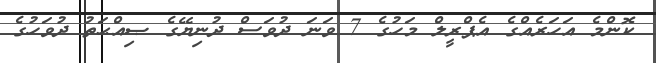
ކޮންމެ އަހަރެއްގެ އެޕްރީލް މަހުގެ 7 ވަނަ ދުވަސް ދުނިޔޭގެ ޞިއްޙަތު ދުވަހުގެ